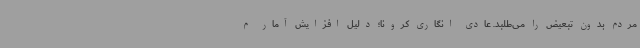
مردم بدون تبعیض را می‌طلبد. عادی انگاری کرونا؛ دلیل افزایش آمار م